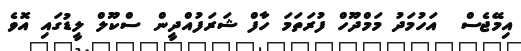
އިމޭޖެސް  އަހުމަދު މަމްދޫހް ފުރަތަމަ ހާފް ޝަރަފުއްދީން ސްކޫލް ލީޑުގައި އޮވެ